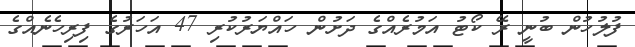
ފުލުހުން ބުނީ ރޭ ކޯޓު އަމުރެއްގެ ދަށުން ހައްޔަރުކުރި 47 އަހަރުގެ ފިރިހެނެއްގެ